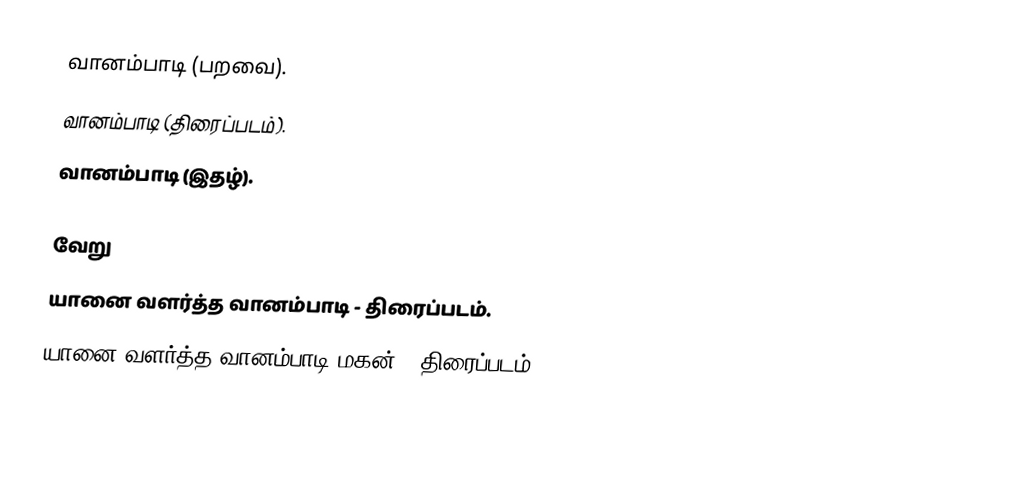
வானம்பாடி (பறவை).
 வானம்பாடி (திரைப்படம்).
 வானம்பாடி (இதழ்).

வேறு
 யானை வளர்த்த வானம்பாடி - திரைப்படம்.
 யானை வளர்த்த வானம்பாடி மகன் - திரைப்படம்.